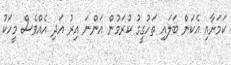
ކަމަށާއި އެކަން ބަލައި ތަހުގީގު ކުރަމުން އަންނަ އިރު އަދި އެއްވެސް މީހަކު